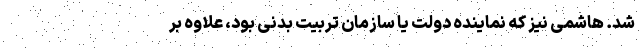
شد. هاشمی نیز که نماینده دولت یا سازمان تربیت بدنی بود، علاوه بر